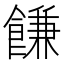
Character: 䭑